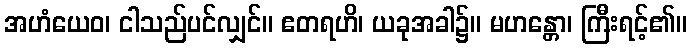
အဟံယေဝ၊ ငါသည်ပင်လျှင်။ ဧတရဟိ၊ ယခုအခါ၌။ မဟန္တော၊ ကြီးရင့်၏။